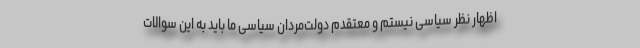
اظهار نظر سیاسی نیستم و معتقدم دولت‌مردان سیاسی ما باید به این سوالات